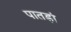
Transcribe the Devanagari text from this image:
पातड़ां